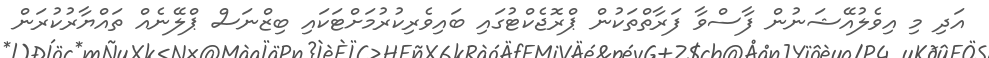
އަދި މި އިވެލުއޭޝަނުން ފާސްވާ ފަރާތްތަކުން ޕްރޮޖެކްޓުގައި ބައިވެރިކުރުމަށްޓަކައި ބިޒްނަސް ޕްލޭނެއް ތައްޔާރުކުރަން